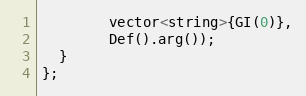
Language: C++
        vector<string>{GI(0)},
        Def().arg());
  }
};